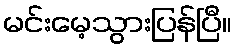
မင်းမေ့သွားပြန်ပြီ။